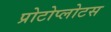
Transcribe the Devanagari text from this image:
प्रोटोप्लोटस